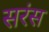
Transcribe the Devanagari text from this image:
सरंस